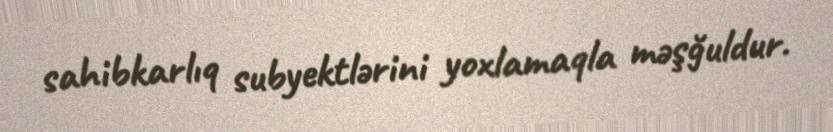
sahibkarlıq subyektlərini yoxlamaqla məşğuldur.